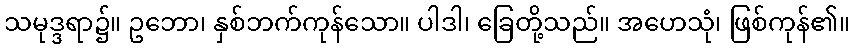
သမုဒ္ဒရာ၌။ ဥဘော၊ နှစ်ဘက်ကုန်သော။ ပါဒါ၊ ခြေတို့သည်။ အဟေသုံ၊ ဖြစ်ကုန်၏။